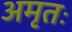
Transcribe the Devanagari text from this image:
अमृतः